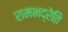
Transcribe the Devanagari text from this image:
रामभद्रेति